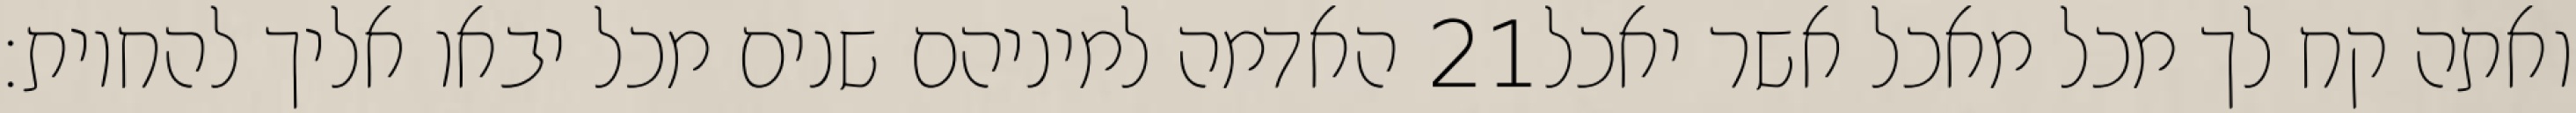
האדמה למיניהם שנים מכל יבאו אליך להחיות׃ ‎21‏ ואתה קח לך מכל מאכל אשר יאכל